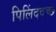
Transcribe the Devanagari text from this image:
पिलिंदवच्छ